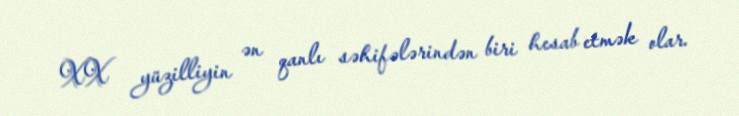
XX yüzilliyin ən qanlı səhifələrindən biri hesab etmək olar.